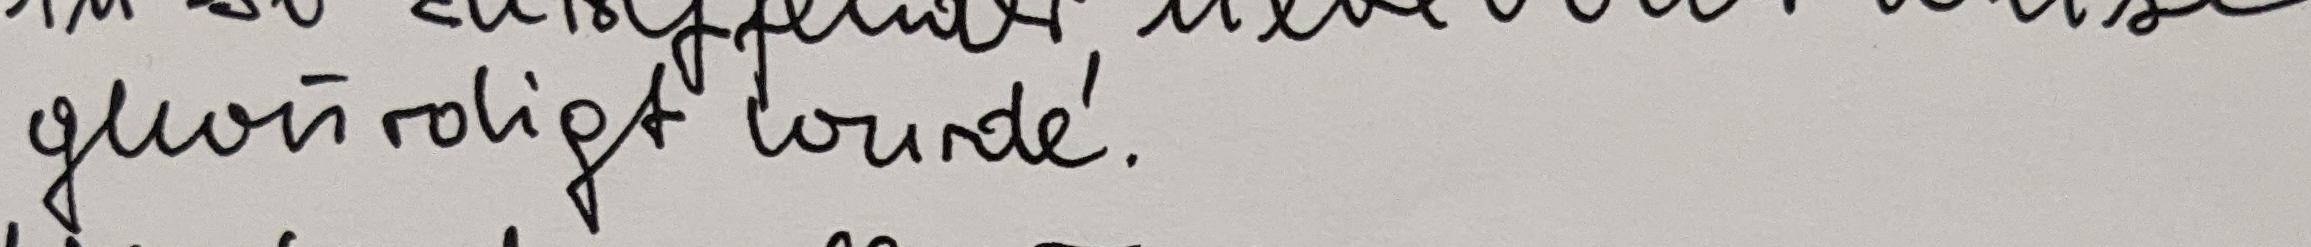
gewürdigt wurde.